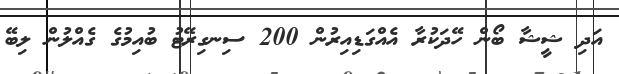
އަދި ޝީޝާ ބޯން ހޭދަކުރާ އެއްގަޑިއިރުން 200 ސިނގިރޭޓު ބުއިމުގެ ގެއްލުން ލިބޭ